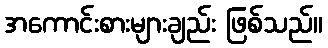
အကောင်းစားများချည်း ဖြစ်သည်။